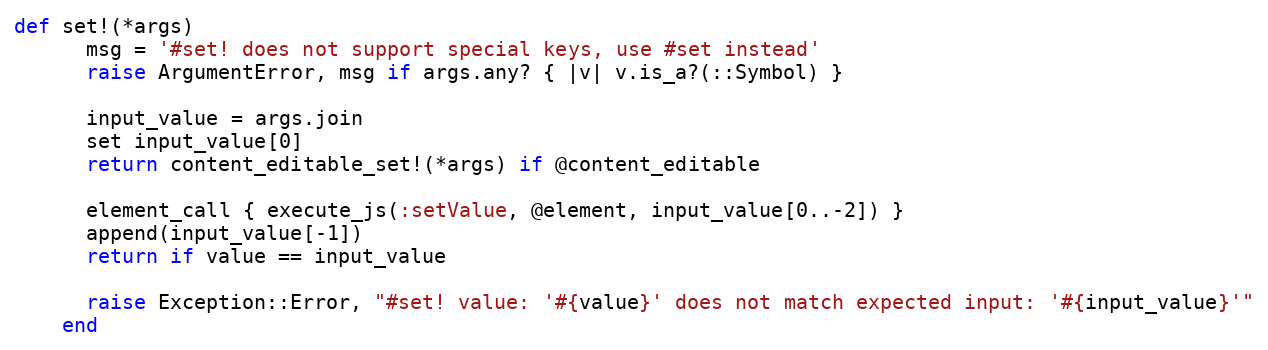
Language: Ruby
def set!(*args)
      msg = '#set! does not support special keys, use #set instead'
      raise ArgumentError, msg if args.any? { |v| v.is_a?(::Symbol) }

      input_value = args.join
      set input_value[0]
      return content_editable_set!(*args) if @content_editable

      element_call { execute_js(:setValue, @element, input_value[0..-2]) }
      append(input_value[-1])
      return if value == input_value

      raise Exception::Error, "#set! value: '#{value}' does not match expected input: '#{input_value}'"
    end